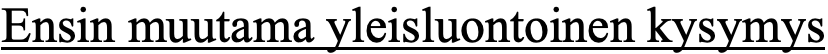
Ensin muutama yleisluontoinen kysymys